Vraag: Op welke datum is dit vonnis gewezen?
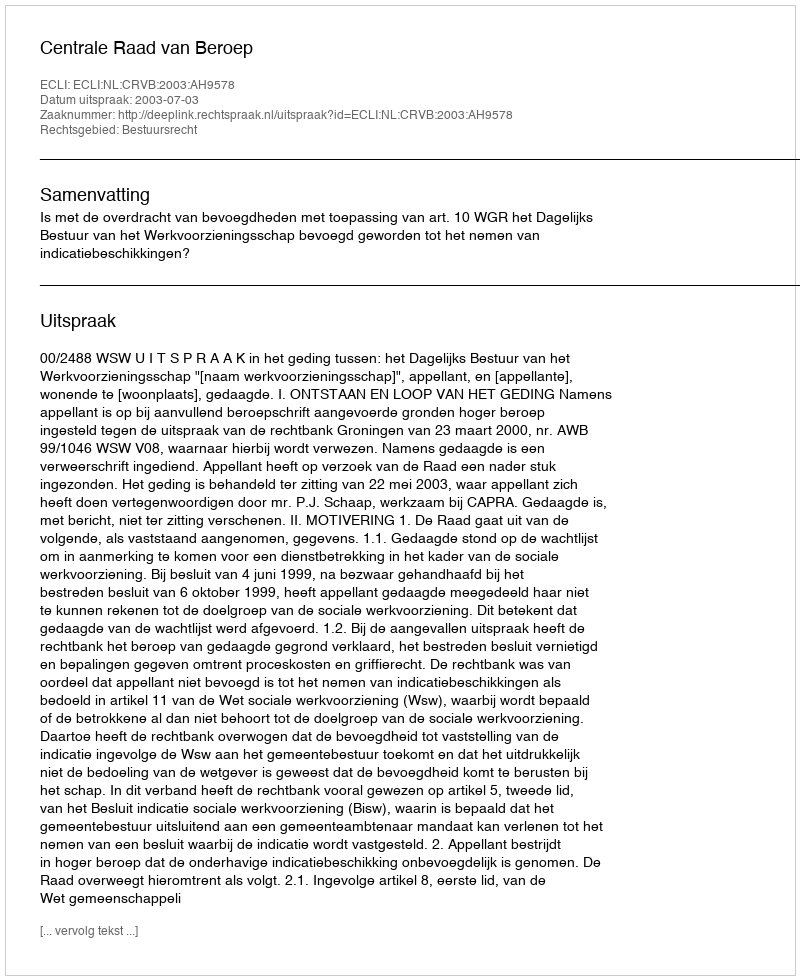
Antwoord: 2003-07-03